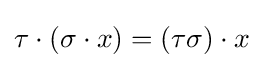
\tau \cdot (\sigma \cdot x)=(\tau \sigma )\cdot x